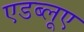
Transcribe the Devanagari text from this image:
एडब्लूए